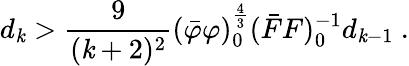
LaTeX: d_{\mathit{k}}>\frac{{9}}{{(\mathit{k}+2)^{2}}}(\bar{{\varphi}}\varphi)_{0}^{\frac{{4}}{{3}}}(\bar{{F}}F)_{0}^{-1}d_{\mathit{k}-1}\ .